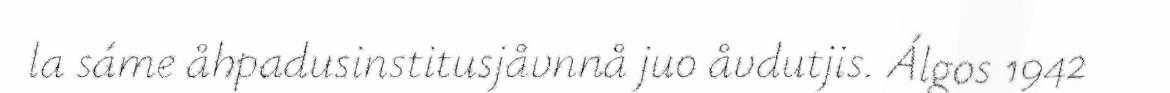
la sáme åhpadusinstitusjåvnnå juo åvdutjis. Álgos 1942